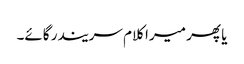
یا پھر میرا کلام سریندر گائے۔